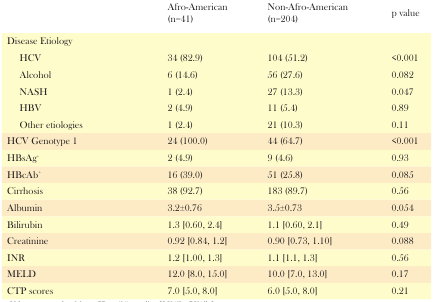
<table><thead><tr><td></td><td><b>Afro-American(n=41)</b></td><td><b>Non-Afro-American(n=204)</b></td><td><b>p value</b></td></tr></thead><tbody><tr><td>Disease Etiology</td><td></td><td></td><td></td></tr><tr><td> HCV</td><td>34 (82.9)</td><td>104 (51.2)</td><td>&lt;0.001</td></tr><tr><td> Alcohol</td><td>6 (14.6)</td><td>56 (27.6)</td><td>0.082</td></tr><tr><td> NASH</td><td>1 (2.4)</td><td>27 (13.3)</td><td>0.047</td></tr><tr><td> HBV</td><td>2 (4.9)</td><td>11 (5.4)</td><td>0.89</td></tr><tr><td> Other etiologies</td><td>1 (2.4)</td><td>21 (10.3)</td><td>0.11</td></tr><tr><td>HCV Genotype 1</td><td>24 (100.0)</td><td>44 (64.7)</td><td>&lt;0.001</td></tr><tr><td>HBsAg<sup>+</sup></td><td>2 (4.9)</td><td>9 (4.6)</td><td>0.93</td></tr><tr><td>HBcAb<sup>+</sup></td><td>16 (39.0)</td><td>51 (25.8)</td><td>0.085</td></tr><tr><td>Cirrhosis</td><td>38 (92.7)</td><td>183 (89.7)</td><td>0.56</td></tr><tr><td>Albumin</td><td>3.2±0.76</td><td>3.5±0.73</td><td>0.054</td></tr><tr><td>Bilirubin</td><td>1.3 [0.60, 2.4]</td><td>1.1 [0.60, 2.1]</td><td>0.49</td></tr><tr><td>Creatinine</td><td>0.92 [0.84, 1.2]</td><td>0.90 [0.73, 1.10]</td><td>0.088</td></tr><tr><td>INR</td><td>1.2 [1.00, 1.3]</td><td>1.1 [1.1, 1.3]</td><td>0.56</td></tr><tr><td>MELD</td><td>12.0 [8.0, 15.0]</td><td>10.0 [7.0, 13.0]</td><td>0.17</td></tr><tr><td>CTP scores</td><td>7.0 [5.0, 8.0]</td><td>6.0 [5.0, 8.0]</td><td>0.21</td></tr></tbody></table>